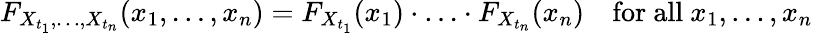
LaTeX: F_{X_{t_{1}},\ldots,X_{t_{n}}}(x_{1},\ldots,x_{n})=F_{X_{t_{1}}}(x_{1})\cdot\ldots\cdot F_{X_{t_{n}}}(x_{n})\quad{\mathrm{for~all~}}x_{1},\ldots,x_{n}